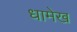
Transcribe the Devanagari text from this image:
धामेख